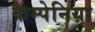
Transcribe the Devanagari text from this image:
कैम्पेनिया